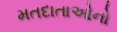
મતદાતાઓનો